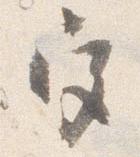
宮